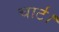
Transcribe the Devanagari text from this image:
चार्ट।